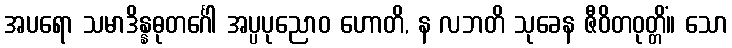
အပရော သမာဒိန္နဓုတင်္ဂေါ အပ္ပပုညောဝ ဟောတိ, န လဘတိ သုခေန ဇီဝိတဝုတ္တိံ။ သော